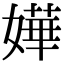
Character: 嬅